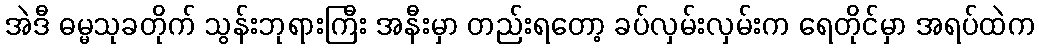
အဲဒီ ဓမ္မသုခတိုက် သွန်းဘုရားကြီး အနီးမှာ တည်းရတော့ ခပ်လှမ်းလှမ်းက ရေတိုင်မှာ အရပ်ထဲက